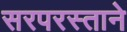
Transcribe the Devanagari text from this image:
सरपरस्ताने